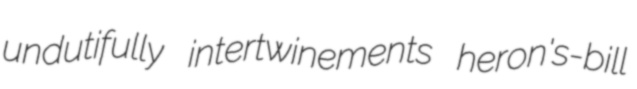
undutifully intertwinements heron's-bill